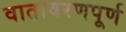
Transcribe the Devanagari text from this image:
वातावरणपूर्ण